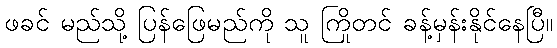
ဖခင် မည်သို့ ပြန်ဖြေမည်ကို သူ ကြိုတင် ခန့်မှန်းနိုင်နေပြီ။